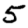
Digit: 5